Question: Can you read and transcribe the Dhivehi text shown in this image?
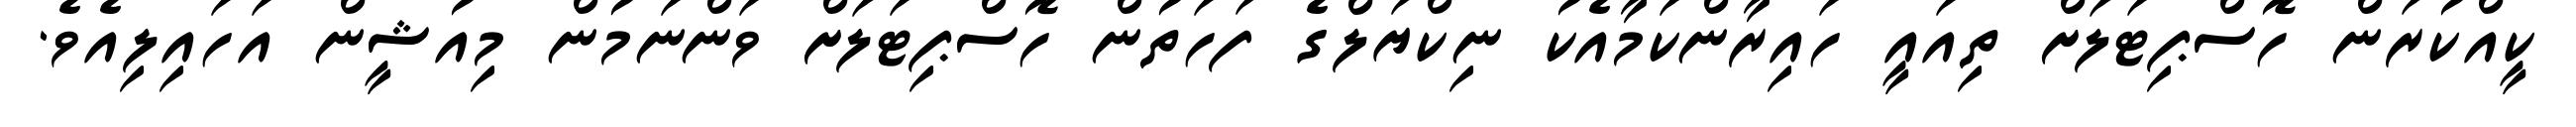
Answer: ކީއްކުރަން ހޮސްޕިޓަލަށް ތިއައީ ހައިރާންކަމާއެކު ނިކްޔަލްގެ ފަހަތުން ހޮސްޕިޓަލަށް ވަންނަމުން މިއުޝީން އަހައިލިއެވެ.